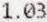
1.03